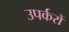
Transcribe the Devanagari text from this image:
उपर्करों